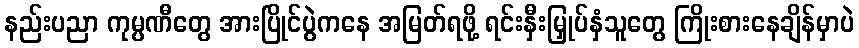
နည်းပညာ ကုမ္ပဏီတွေ အားပြိုင်ပွဲကနေ အမြတ်ရဖို့ ရင်းနှီးမြှုပ်နှံသူတွေ ကြိုးစားနေချိန်မှာပဲ